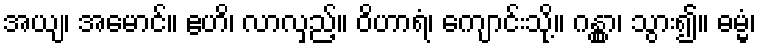
အယျ၊ အမောင်။ ဧဟိ၊ လာလှည့်။ ဝိဟာရံ၊ ကျောင်းသို့။ ဂန္တွာ၊ သွား၍။ ဓမ္မံ၊